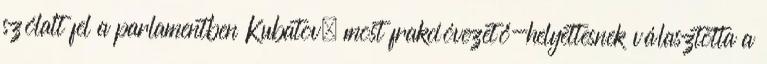
szólalt fel a parlamentben Kubatov, most frakcióvezető-helyettesnek választotta a